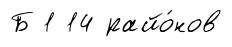
Б 1 14 райо́нов